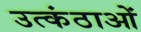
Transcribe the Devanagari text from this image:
उत्कंठाओं